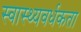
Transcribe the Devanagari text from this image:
स्वास्थ्यवर्धकता